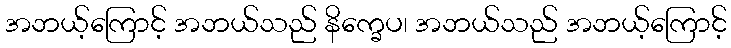
အဘယ့်ကြောင့် အဘယ်သည် နိက္ခေပ၊ အဘယ်သည် အဘယ့်ကြောင့်